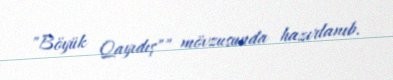
"Böyük Qayıdış"" mövzusunda hazırlanıb.